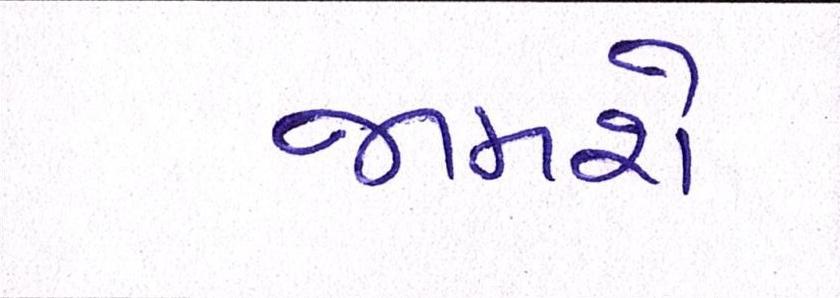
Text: જામશે